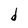
Character: d